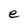
Character: e